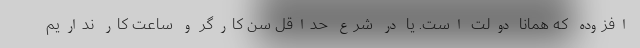
افزوده که همانا دولت است. یا در شرع حداقل سن کارگر و ساعت کار نداریم